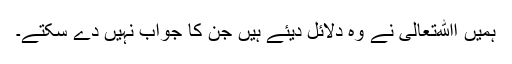
ہمیں اﷲتعالیٰ نے وہ دلائل دیئے ہیں جن کا جواب نہیں دے سکتے۔